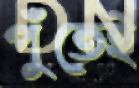
পুঁতেই